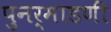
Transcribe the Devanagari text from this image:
पुनर्माडणी